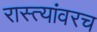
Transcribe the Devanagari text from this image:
रास्त्यांवरच